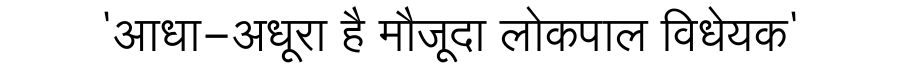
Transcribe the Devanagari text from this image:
'आधा-अधूरा है मौजूदा लोकपाल विधेयक'